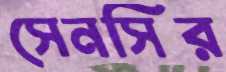
সেনসির